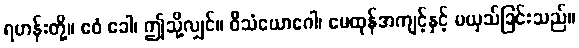
ရဟန်းတို့။ ဧဝံ ခေါ၊ ဤသို့လျှင်။ ဝိသံယောဂေါ၊ မေထုန်အကျင့်နှင့် မယှသ်ခြင်းသည်။